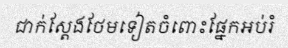
ជាក់ស្តែងថែមទៀតចំពោះផ្នែកអប់រំ